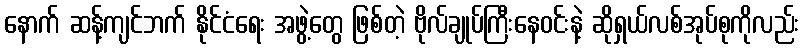
နောက် ဆန့်ကျင်ဘက် နိုင်ငံရေး အဖွဲ့တွေ ဖြစ်တဲ့ ဗိုလ်ချုပ်ကြီးနေဝင်းနဲ့ ဆိုရှယ်လစ်အုပ်စုကိုလည်း